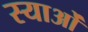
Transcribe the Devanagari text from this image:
स्याओं